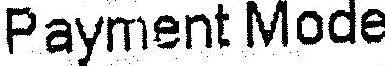
PAYMENT MODE